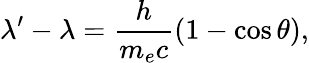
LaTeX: \lambda^{\prime}-\lambda={\frac{h}{m_{e}c}}(1-\cos{\theta}),